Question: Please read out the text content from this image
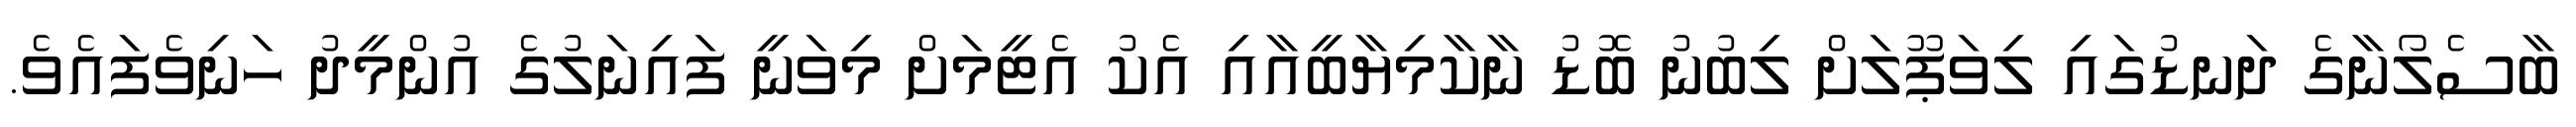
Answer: ބާސެލޯނާގެ ދަނޑުގައި ލިވަޕޫލަށް ލިބުނު ބޮޑު ނާކާމިޔާބީއާއި އެކު އެޓީމަށް މިވަނީ ފައިނަލުގެ އުންމީދު ހަނިވެފައެވެ.